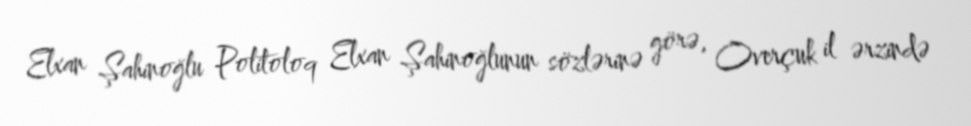
Elxan Şahinoğlu Politoloq Elxan Şahinoğlunun sözlərinə görə, Overçuk il ərzində